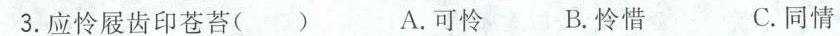
3.应怜屐齿印苍苔( ) A.可怜 B.怜惜 C.同情